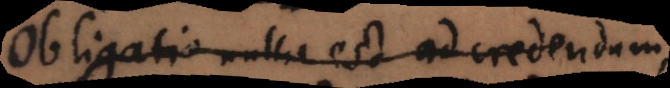
Obligatio nulla est ad credendum,